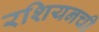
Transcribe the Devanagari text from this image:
रशियनची